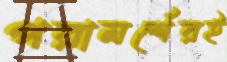
পরামর্শেরই